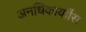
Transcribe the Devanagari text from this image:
अनधिकार्याीस